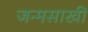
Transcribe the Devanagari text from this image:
जन्मसाखी